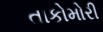
તાકોમોરી